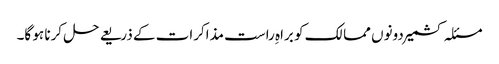
مسئلہ کشمیر دونوں ممالک کو براہِ راست مذاکرات کے ذریعے حل کرنا ہو گا۔